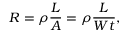
R = \rho { \frac { L } { A } } = \rho { \frac { L } { W t } } ,